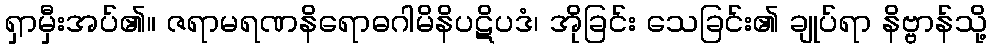
ရှာမှီးအပ်၏။ ဇရာမရဏနိရောဓဂါမိနိပဋိပဒံ၊ အိုခြင်း သေခြင်း၏ ချုပ်ရာ နိဗ္ဗာန်သို့